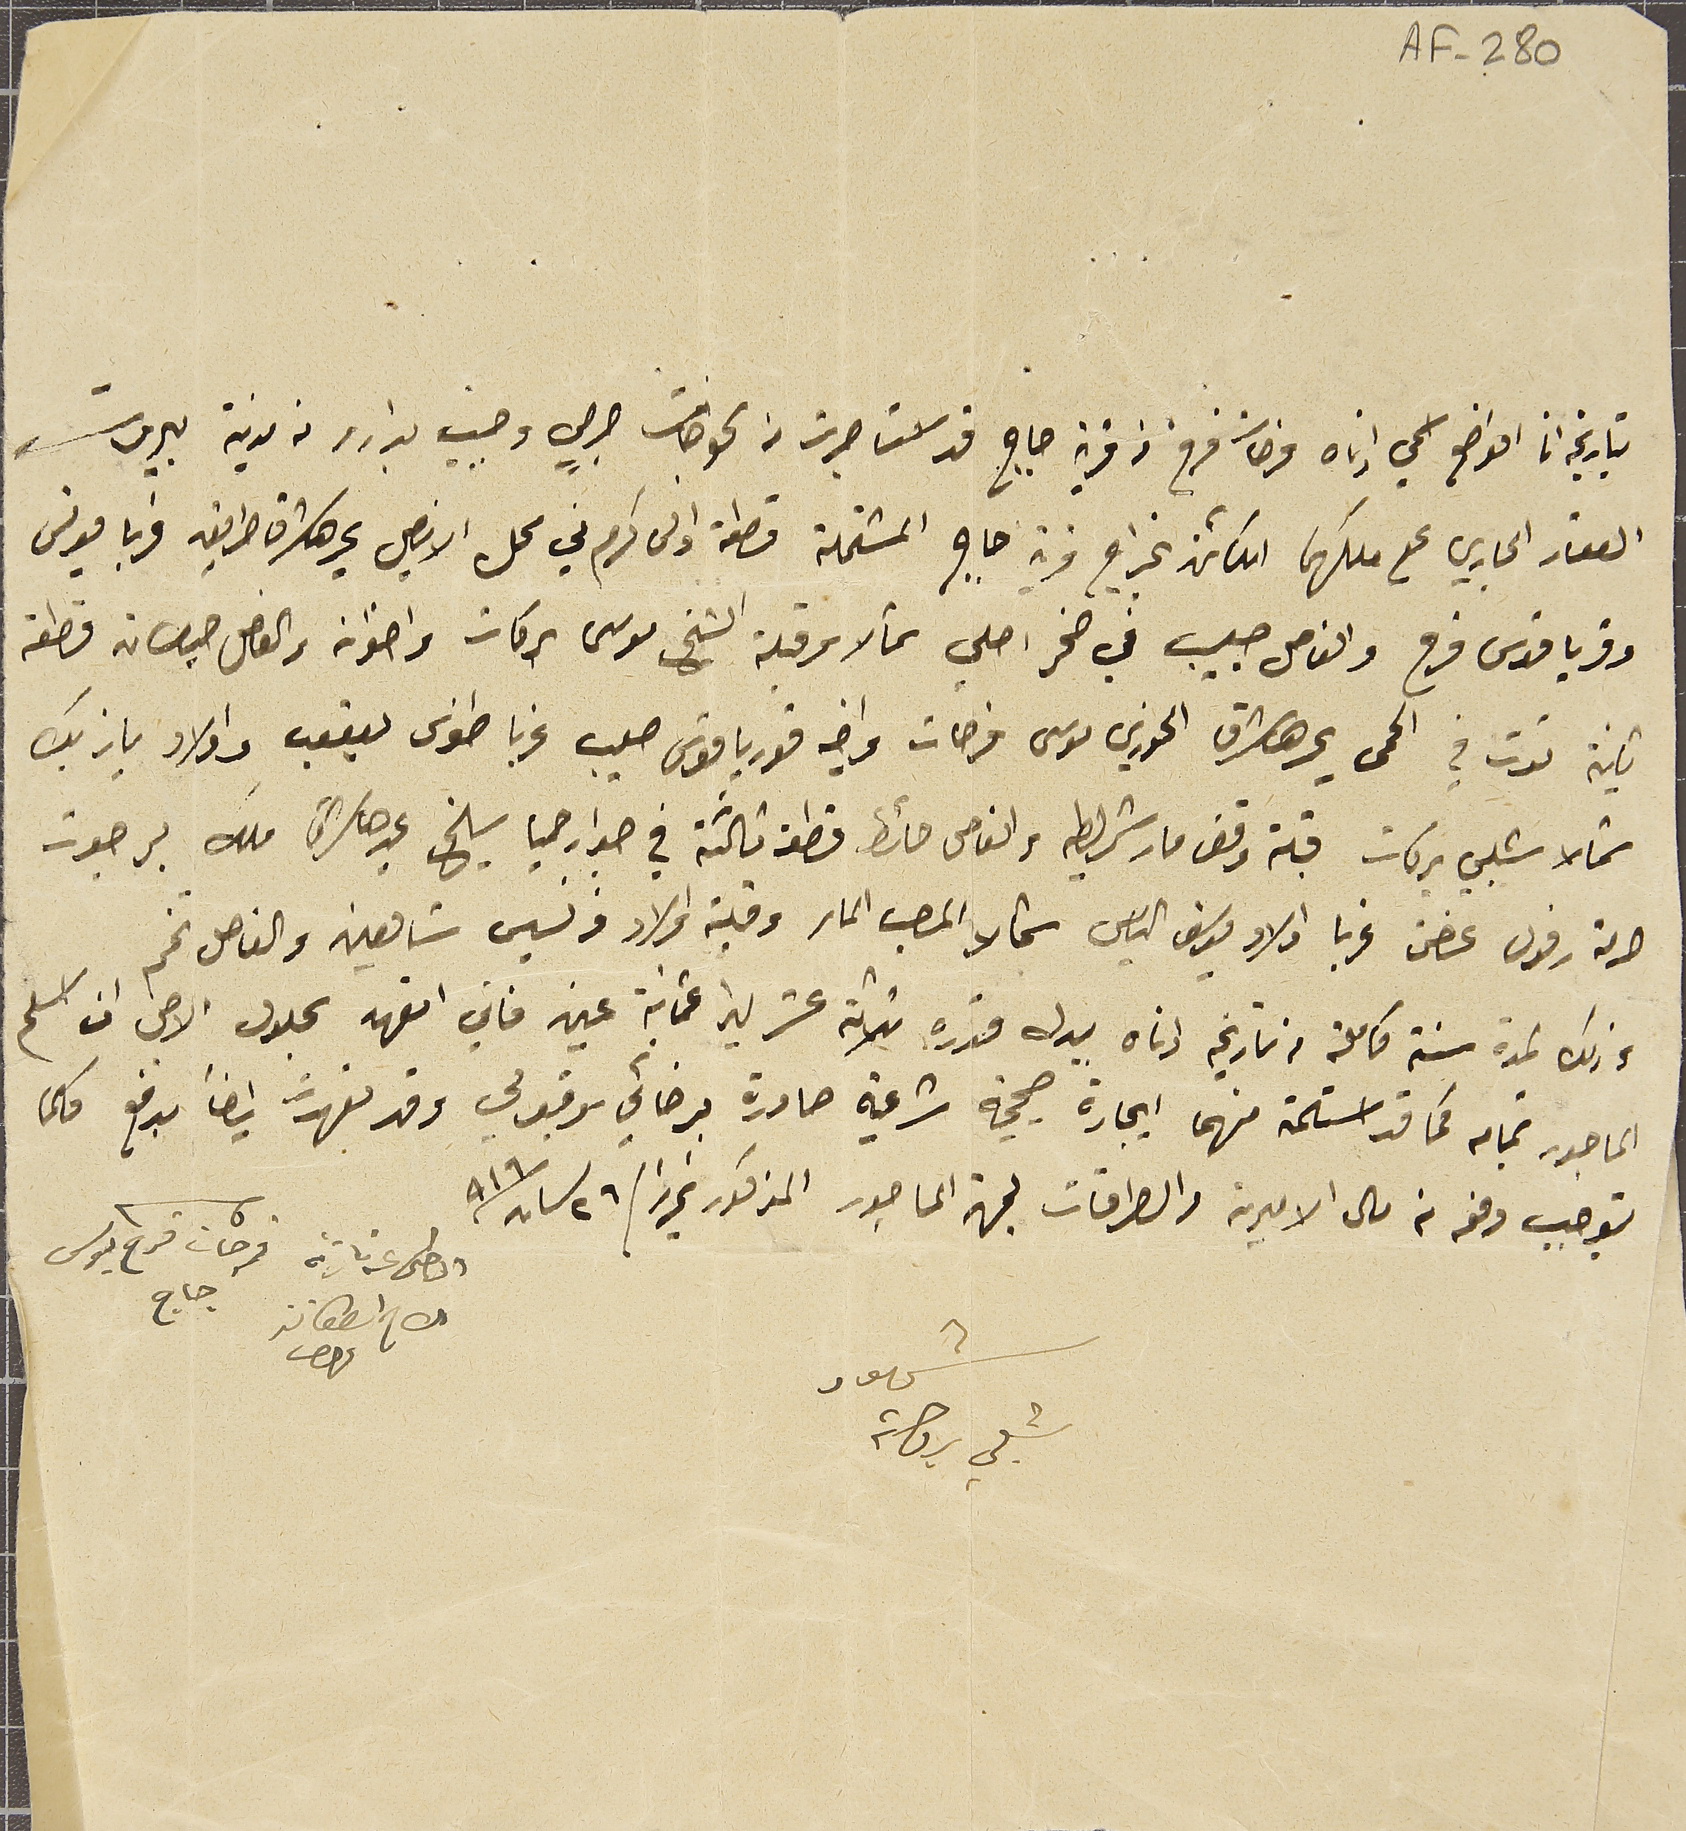
AF-280
بتاريخه انا الواضع اسمي ادناه فرحات فرح من قرية جاج قد استاجرت من الخوجات جرجي وحبيب بدارو من مدينة بيروت
العقار الجاري على ملكهما الكائن بخراج قرية جاج المشتملة قطعة اولى كرم في محل الارضي يحدها شرقا طريق غربا يونس
وقرياقوس فرح والفاصل صليب في صخر اصلي شمالا وقبلة الشيخ موسى بركات واخوانه والفاصل حيطان قطعة
ثانية توت في الحمى يحدها شرقا الخوري موسى فرحات واخيه قورياقوس صعيبى غربا طنوس يعقوب واولاد يازبك
شمالا شبلي بركات قبلة وقف مار شليطه والفاصل حائط قطعة ثالثة في جوار حميا سيلخ يحدها شرقًا ملك برجوت
حرمة رفول غصن غربا اولاد يوسف الياس شمالا المصب الماء وقبلة اولاد فرنسيس شَاهين والفاصل تخم
وذلك لمدة سنة كاملة من تاريخه ادناه ببدل قدره ثلاثة عشر ليرا عثمانية عين فاني اتعهد بحلول الاجل ان اسلم
الماجور عما به كما قد استلمته منهما ايجارة صحيحة شرعية صادرة برضائي وقبولي وقد تعهدت ايضاً بدفع كلما
توجب دفعه من مال الاميرية والطراقات لجهة الماجور المذكور تحريرا/ ٢٦ نسان /٩١٦
الاخ اسطفان    فرحات فرح يوسف جاج
شهود شبلي بركات